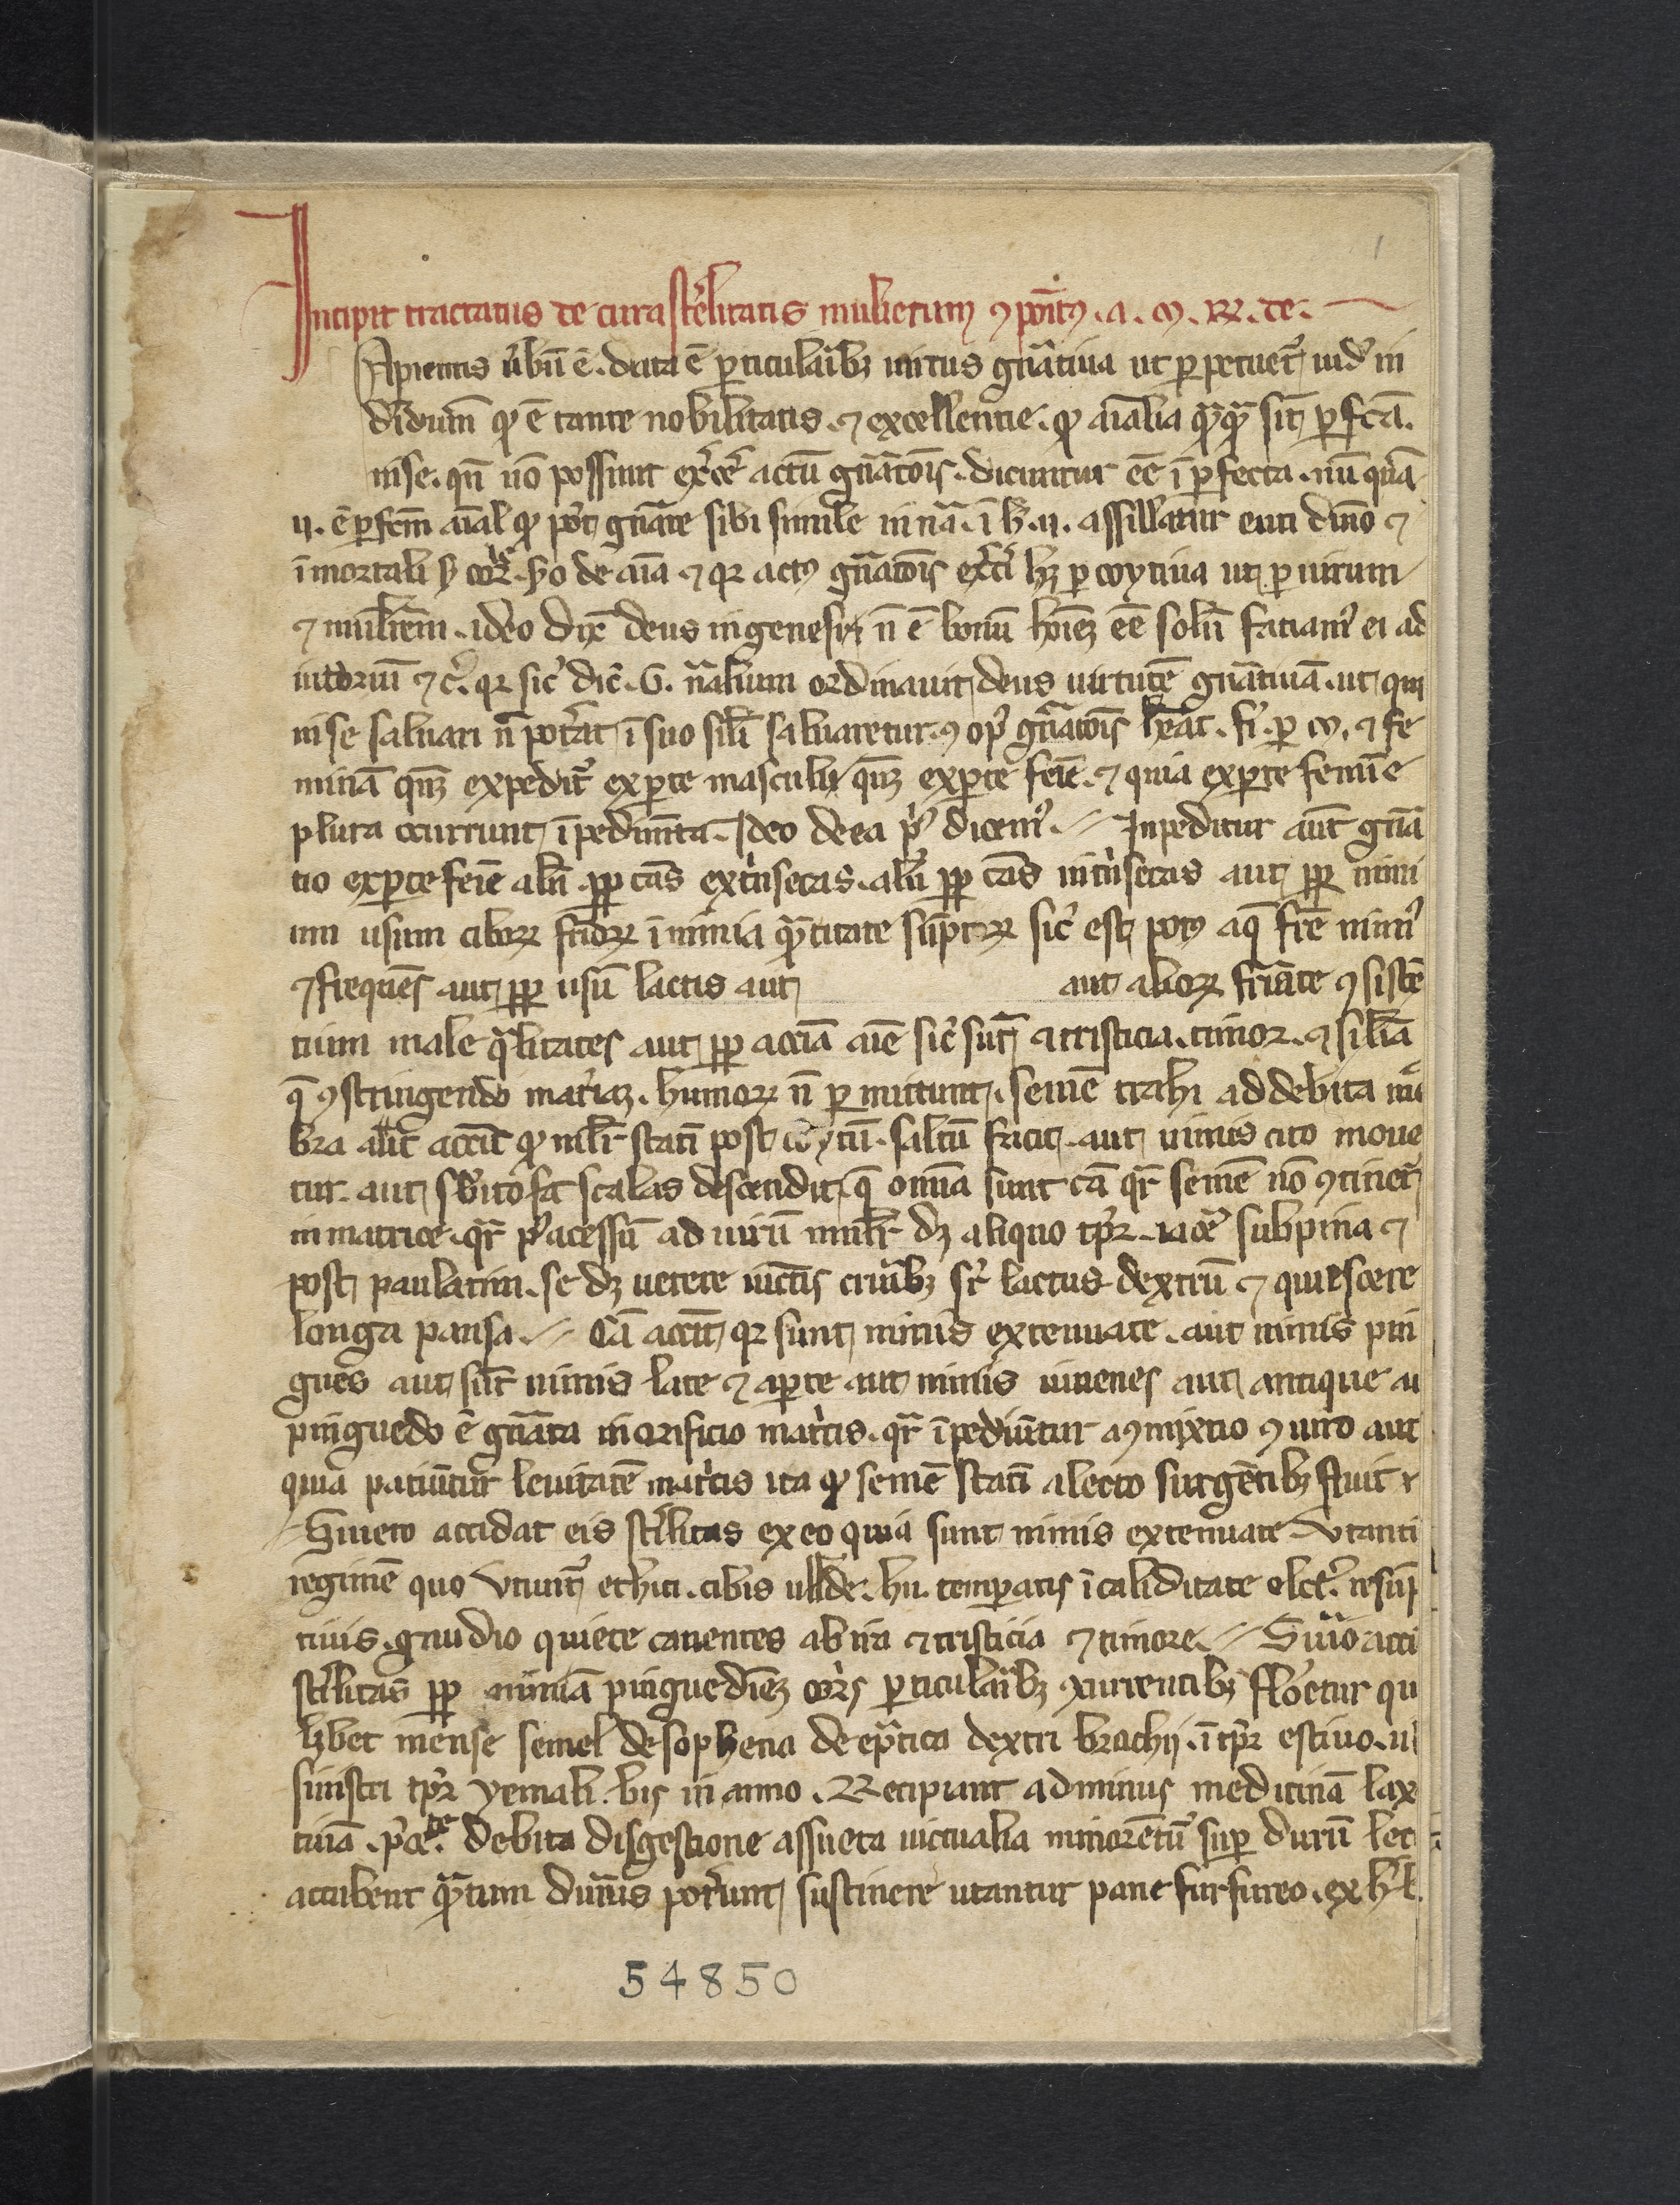
Shelfmark: Philadelphia, College of Physicians, 10a 135
Century: 14